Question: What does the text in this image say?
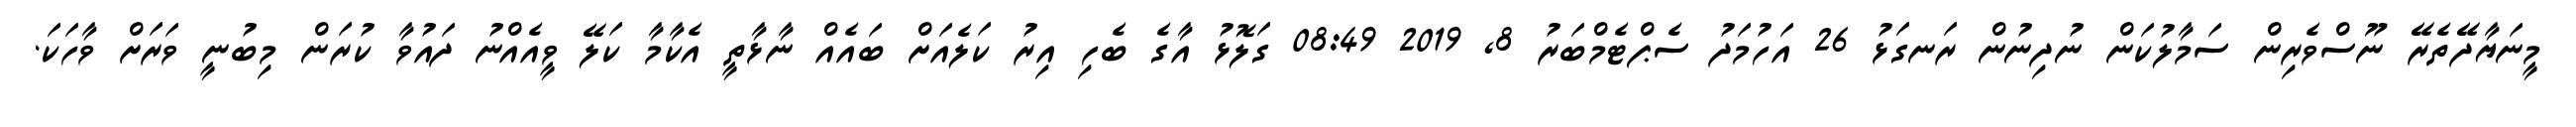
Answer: މީނަޔާދޭތެރޭ ނޫސްވެރިން ސަމާލުކަން ނުދިނުން ރަނގަޅު 26 އަހުމަދު ސެޕްޓެމްބަރު 8, 2019 08:49 ގަލޮޅު އާގެ ބެހި އިރު ކަލެއަށް ބައެއް ނާޅާތީ އެކާމާ ކަލޭ ވީއެއްނު ދައުވާ ކުރަން މިބުނީ ވަރަށް ވާހަކަ.